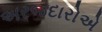
અરજદારોએ